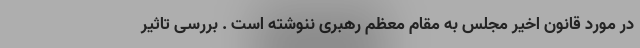
در مورد قانون اخیر مجلس به مقام معظم رهبری ننوشته است . بررسی تاثیر